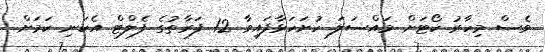
ވެސް މިހާރު ކޯޓަށް މައްސަލަ ހުށަހަޅާފައިވާ 12 ފަރާތުގެ ފެލްޓް އެކަނި ކަމަށް